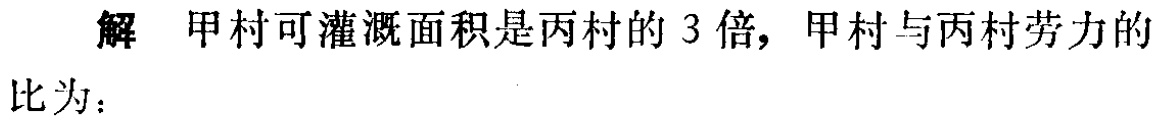
解 甲村可灌溉面积是丙村的 3 倍, 甲村与丙村劳力的比为：